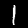
Label: 1